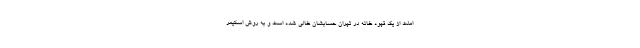
املت از یک قهوه خانه در تهران حسابشان خالی شده است و به روش اسکیمر